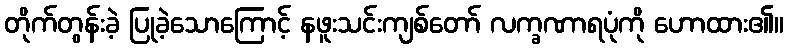
တိုက်တွန်းခဲ့ ပြုခဲ့သောကြောင့် နဖူးသင်းကျစ်တော် လက္ခဏာရပုံကို ဟောထား၏။